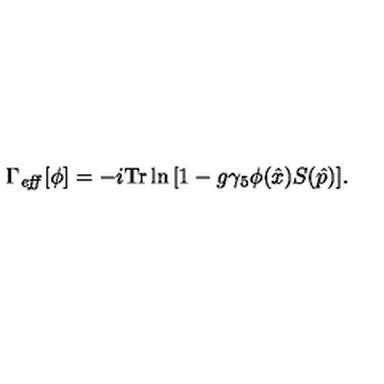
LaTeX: \Gamma _ { \mathit { e f f } } [ \phi ] = - i \mathrm { T r } \ln { \left[ 1 - g \gamma _ { 5 } \phi ( \hat { x } ) S ( \hat { p } ) \right] } .